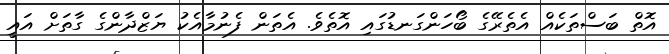
އޮތް ބަސްތަކެއް އެތެރޭގެ ބޯހަންގަނޑުގައި އޮތެވެ. އެތަން ފެނުމާއެކު ޔަޒްދާންގެ ގާތަށް އައީ